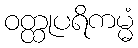
ဝတ္ထုပရိကမ္မံ